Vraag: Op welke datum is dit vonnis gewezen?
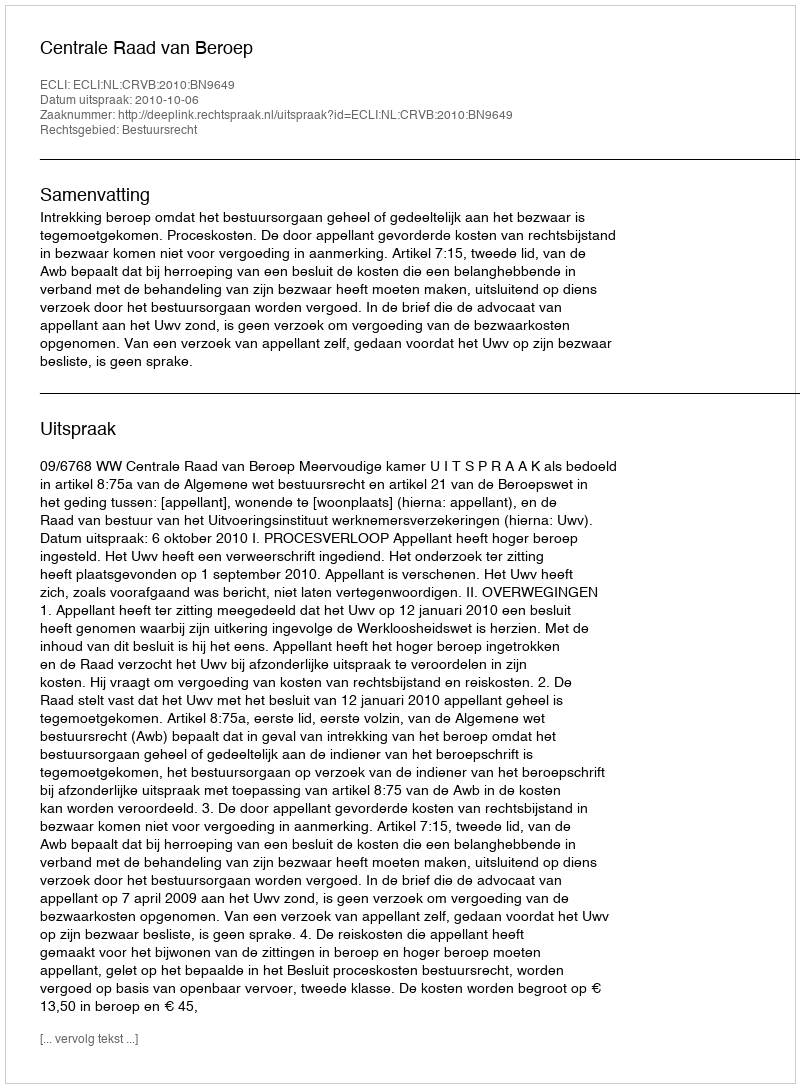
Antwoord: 2010-10-06